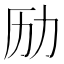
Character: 𠠿